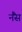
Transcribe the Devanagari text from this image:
नैंस